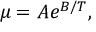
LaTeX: \mu = A e ^ { B / T } ,